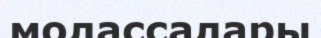
молассалары